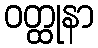
ဝတ္ထုနာ